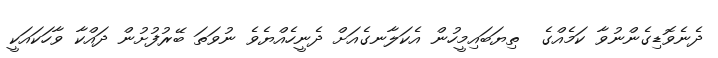
ދެނެވޮޑިގެންނުވާ ކަމެއްގެ  ތިޔަބައިމީހުން އެކަލާނގެއަށް ދެނީހެއްޔެވެ ނުވަތަ ބޭރުފުށުން ދައްކާ ވާހަކައަކީ